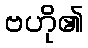
ဗဟို၏